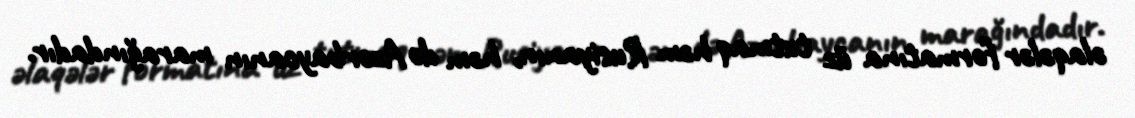
əlaqələr formatına üz tutmaq həm Rusiyanın, həm də Azərbaycanın marağındadır.